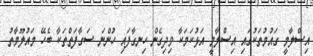
އިސްލާމީ ގައުމުތަކުގައި އިސްލާމީ އަޅުކަމަކާ ވިދިގެން ހިނގާފައި ހުންނަ ސަގާފަތްތަކާ ބެހޭ މައުލޫމާތު